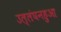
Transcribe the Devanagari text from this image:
उल्लंघनहुआ